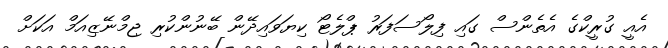
އެއީ ގުރީކްގެ އެތެންސް ގައި ފިލޯސަފަރު ޕްލެޓޯ ކިޔަވައިދޭން ބޭނުންކުރި ޖިމްނޭޒިއަމް އަކަށް